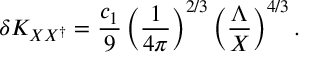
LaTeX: \delta K _ { X X ^ { \dagger } } = { \frac { c _ { 1 } } { 9 } } \left( { \frac { 1 } { 4 \pi } } \right) ^ { 2 / 3 } \left( { \frac { \Lambda } { X } } \right) ^ { 4 / 3 } .